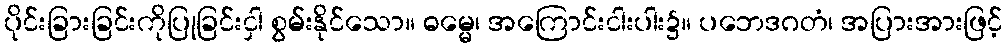
ပိုင်းခြားခြင်းကိုပြုခြင်းငှါ စွမ်းနိုင်သော။ ဓမ္မေ၊ အကြောင်းငါးပါး၌။ ပဘေဒဂတံ၊ အပြားအားဖြင့်